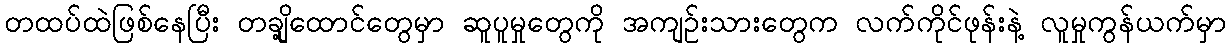
တထပ်ထဲဖြစ်နေပြီး တချို့ထောင်တွေမှာ ဆူပူမှုတွေကို အကျဉ်းသားတွေက လက်ကိုင်ဖုန်းနဲ့ လူမှုကွန်ယက်မှာ